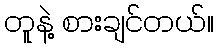
တူနဲ့ စားချင်တယ်။